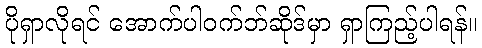
ပိုရှာလိုရင် အောက်ပါဝက်ဘ်ဆိုဒ်မှာ ရှာကြည့်ပါရန်။